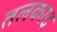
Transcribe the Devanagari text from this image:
तलकाद